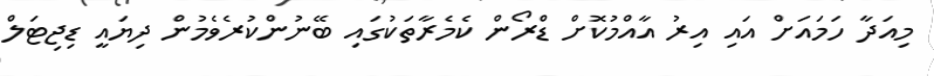
މިއަދާ ހަމައަށް އައި އިރު އާއްމުކޮށް ޑްރޯން ކެމެރާތަކުގައި ބޭނުންކުރެވެމުން ދިޔައީ ޑިޖިޓަލް